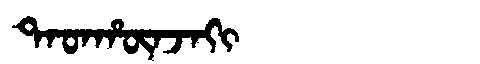
Manchu: ᡨᠠᡨᡥᡡᠨᠵᠠᡴᡳ
Romanization: TATHŪNJAKI